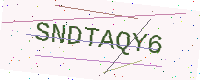
Text: SNDTAQY6